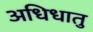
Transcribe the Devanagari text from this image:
अधिधातु